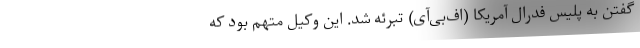
گفتن به پلیس فدرال آمریکا (اف‌بی‌آی) تبرئه شد. این وکیل متهم بود که